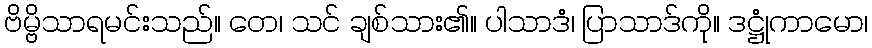
ဗိမ္ဗိသာရမင်းသည်။ တေ၊ သင် ချစ်သား၏။ ပါသာဒံ၊ ပြာသာဒ်ကို။ ဒဋ္ဌုံကာမော၊